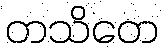
တသိတေ